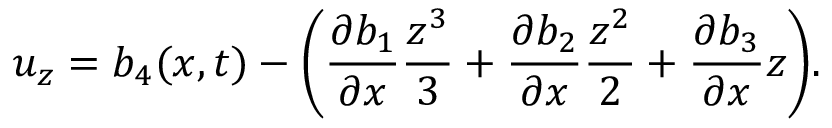
u _ { z } = b _ { 4 } ( x , t ) - \bigg ( \frac { \partial b _ { 1 } } { \partial x } \frac { z ^ { 3 } } { 3 } + \frac { \partial b _ { 2 } } { \partial x } \frac { z ^ { 2 } } { 2 } + \frac { \partial b _ { 3 } } { \partial x } z \bigg ) .